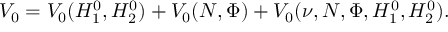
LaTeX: V _ { 0 } = V _ { 0 } ( H _ { 1 } ^ { 0 } , H _ { 2 } ^ { 0 } ) + V _ { 0 } ( N , \Phi ) + V _ { 0 } ( \nu , N , \Phi , H _ { 1 } ^ { 0 } , H _ { 2 } ^ { 0 } ) .